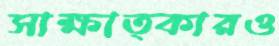
সাক্ষাত্কারও